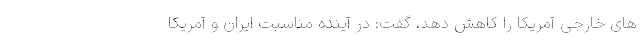
های خارجی آمریکا را کاهش دهد، گفت: در آینده مناسبت ایران و آمریکا